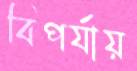
বিপর্যায়